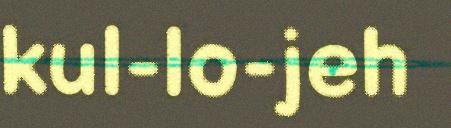
kul-lo-jeh